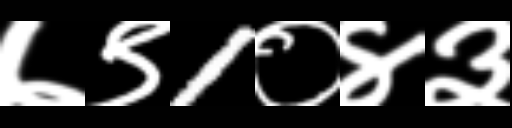
Text: ७९1०४३